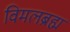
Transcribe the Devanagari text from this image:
विमलब्रह्म